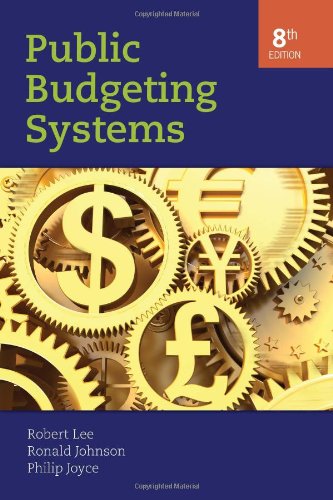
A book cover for Public Budgeting Systems; Robert D. Lee Jr.; Business & Money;